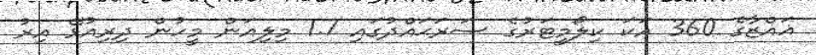
ޣައްޒާގެ 360 އަކަ ކިލޯމީޓަރުގެ ސަރަޙައްދުގައި 1.7 މިލިއަން މީހުން ދިރިއުޅޭ އިރު